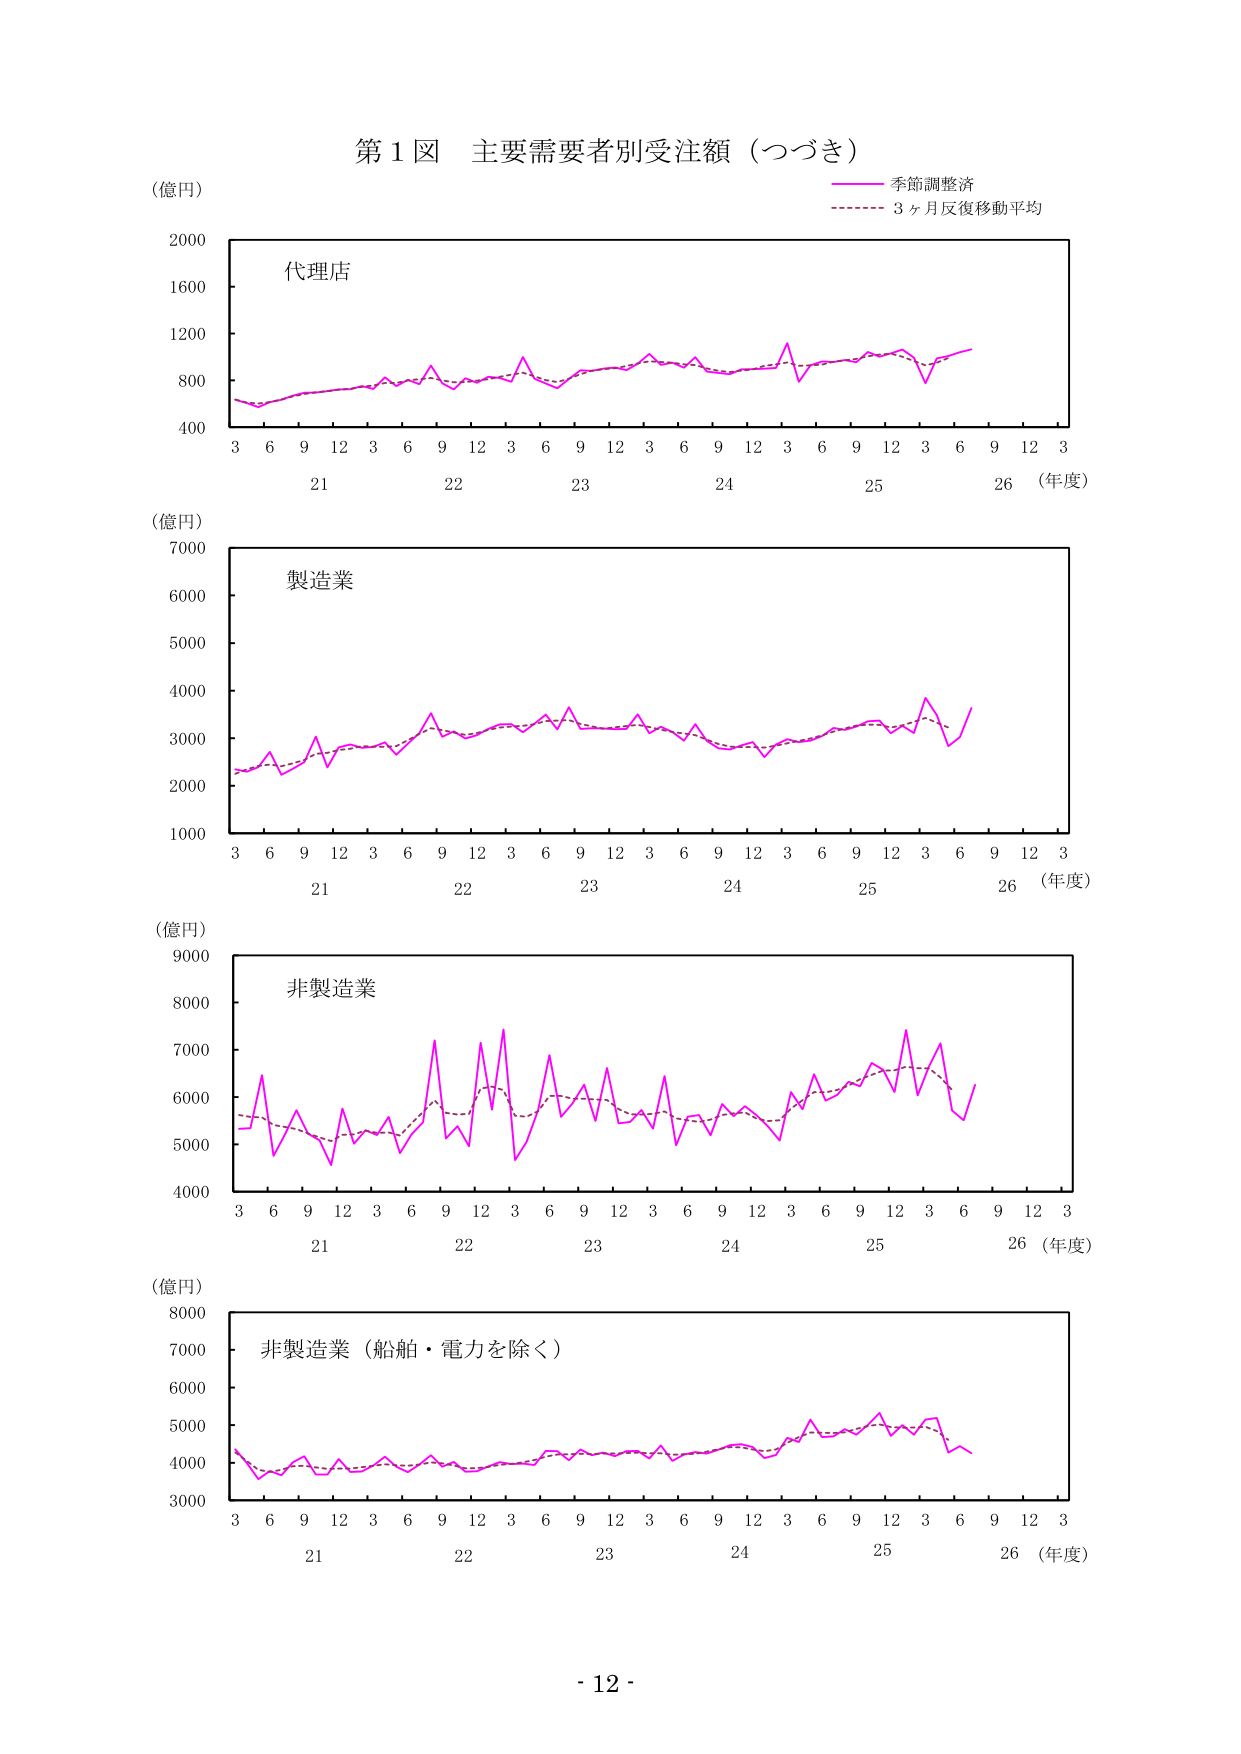
第１図 主要需要者別受注額（つづき）

（億円）

季節調整済
3ヶ月反復移動平均

代理店

2000
1600
1200
800
400

3 6 9 12 3 6 9 12 3 6 9 12 3 6 9 12 3 6 9 12 3
21 22 23 24 25 26 （年度）

（億円）

製造業

7000
6000
5000
4000
3000
2000
1000

3 6 9 12 3 6 9 12 3 6 9 12 3 6 9 12 3 6 9 12 3
21 22 23 24 25 26 （年度）

（億円）

非製造業

9000
8000
7000
6000
5000
4000

3 6 9 12 3 6 9 12 3 6 9 12 3 6 9 12 3 6 9 12 3
21 22 23 24 25 26 （年度）

（億円）

非製造業（船舶・電力を除く）

8000
7000
6000
5000
4000
3000

3 6 9 12 3 6 9 12 3 6 9 12 3 6 9 12 3 6 9 12 3
21 22 23 24 25 26 （年度）

- 12 -